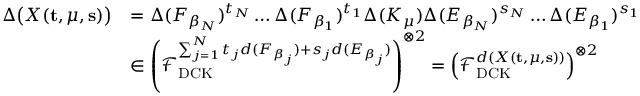
\begin{array} { r l } { \Delta \bigl ( X ( \mathbf { t } , \mu , \mathbf { s } ) \bigr ) } & { = \Delta ( F _ { \beta _ { N } } ) ^ { t _ { N } } \ldots \Delta ( F _ { \beta _ { 1 } } ) ^ { t _ { 1 } } \Delta ( K _ { \mu } ) \Delta ( E _ { \beta _ { N } } ) ^ { s _ { N } } \ldots \Delta ( E _ { \beta _ { 1 } } ) ^ { s _ { 1 } } } \\ & { \in \left( \mathcal { F } _ { \mathrm { D C K } } ^ { \sum _ { j = 1 } ^ { N } t _ { j } d ( F _ { \beta _ { j } } ) + s _ { j } d ( E _ { \beta _ { j } } ) } \right) ^ { \otimes 2 } = \left( \mathcal { F } _ { \mathrm { D C K } } ^ { d ( X ( \mathbf { t } , \mu , \mathbf { s } ) ) } \right) ^ { \otimes 2 } } \end{array}